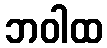
ဘဝါထ